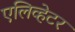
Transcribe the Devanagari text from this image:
एलिव्हेटर